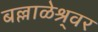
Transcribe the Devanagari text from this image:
बल्लाळेश्र्वर